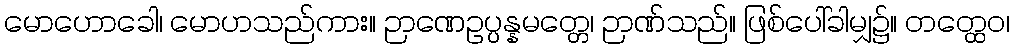
မောဟောခေါ၊ မောဟသည်ကား။ ဉာဏေဥပ္ပန္နမတ္တေ၊ ဉာဏ်သည်။ ဖြစ်ပေါ်ခါမျှ၌။ တတ္ထေဝ၊